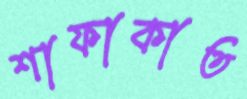
শাফাকাত